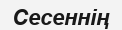
Сесеннің